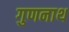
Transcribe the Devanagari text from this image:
गुणनाथ